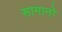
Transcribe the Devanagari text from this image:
सामानो